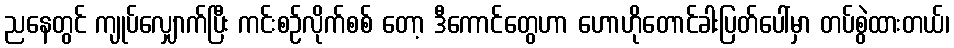
ညနေတွင် ကျုပ်လျှောက်ပြီး ကင်းစဉ်လိုက်စစ် တော့ ဒီကောင်တွေဟာ ဟောဟိုတောင်ခါးပြတ်ပေါ်မှာ တပ်စွဲထားတယ်၊